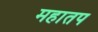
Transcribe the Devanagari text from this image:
महातप